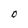
Character: O